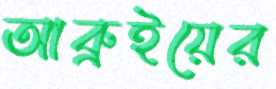
আব্রুইয়ের